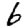
Digit: 6